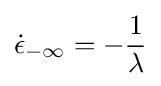
{\dot {\epsilon }}_{-\infty }=-{\frac {1}{\lambda }}